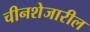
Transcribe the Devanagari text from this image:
चीनशेजारील